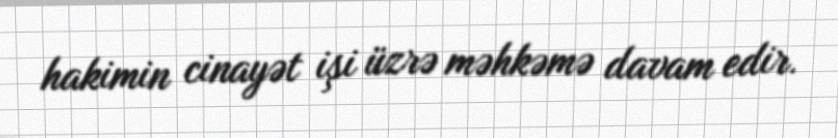
hakimin cinayət işi üzrə məhkəmə davam edir.